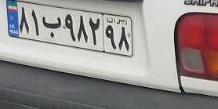
۸۱ب۹۸۲۹۸